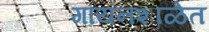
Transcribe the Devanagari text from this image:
गायनशाळेत